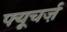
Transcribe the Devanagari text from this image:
फ्यूचर्ज़